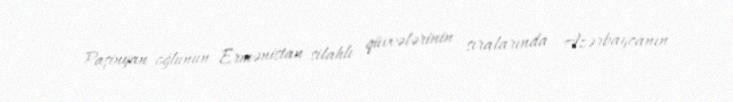
- Paşinyan oğlunun Ermənistan silahlı qüvvələrinin sıralarında Azərbaycanın